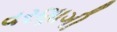
વરણાગી